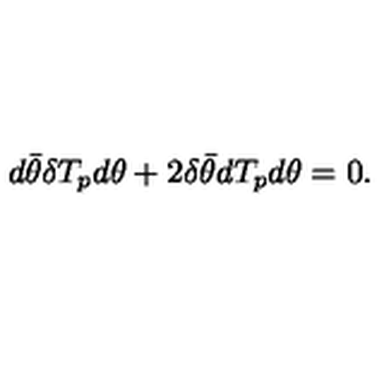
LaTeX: d \bar { \theta } \delta T _ { p } d \theta + 2 \delta \bar { \theta } d T _ { p } d \theta = 0 .